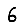
Digit: 6